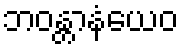
ဘဝန္တာနံယေဝ